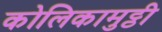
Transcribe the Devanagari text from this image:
कोलिकामुट्ठी